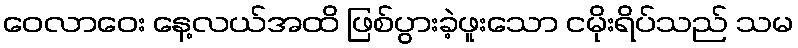
ဝေလာဝေး နေ့လယ်အထိ ဖြစ်ပွားခဲ့ဖူးသော ငမိုးရိပ်သည် သမ